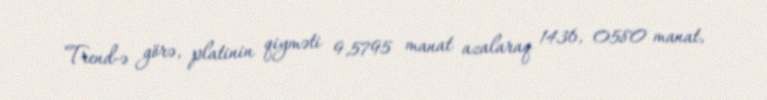
Trend-ə görə, platinin qiyməti 9,5795 manat azalaraq 1436, 0580 manat,